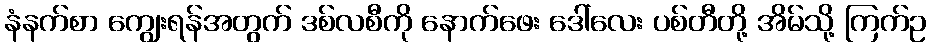
နံနက်စာ ကျွေးရန်အတွက် ဒစ်လစီကို နောက်ဖေး ဒေါ်လေး ပစ်တီတို့ အိမ်သို့ ကြက်ဥ